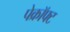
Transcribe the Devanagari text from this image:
पेक्रॉफ्ट